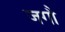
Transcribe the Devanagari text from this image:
जगौ